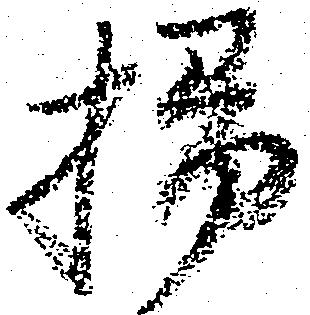
掃